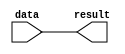
/*
Author: E/16/200
Name: Lakmali B.L.S
Lab 6
Part 3
This is the implemetation to find the data to write data in to the data memory
*/

`timescale 1ns/100ps

module mem_writedata(data,result);
	input[7:0] data;
	output wire[7:0] result;
	
	assign result = data;
endmodule